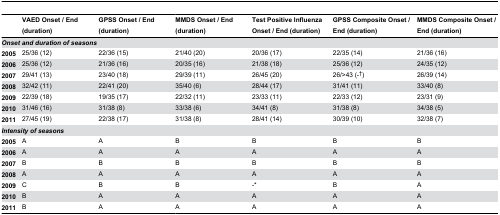
<table><thead><tr><td></td><td><b>VAED Onset / End (duration)</b></td><td><b>GPSS Onset / End (duration)</b></td><td><b>MMDS Onset / End (duration)</b></td><td><b>Test Positive Influenza Onset / End (duration)</b></td><td><b>GPSS Composite Onset / End (duration)</b></td><td><b>MMDS Composite Onset / End (duration)</b></td></tr></thead><tbody><tr><td colspan="7"><b><i>Onset and duration of seasons</i></b></td></tr><tr><td><b>2005</b></td><td>25/36 (12)</td><td>22/36 (15)</td><td>21/40 (20)</td><td>20/36 (17)</td><td>22/35 (14)</td><td>21/36 (16)</td></tr><tr><td><b>2006</b></td><td>25/36 (12)</td><td>21/36 (16)</td><td>20/35 (16)</td><td>21/38 (18)</td><td>25/36 (12)</td><td>24/35 (12)</td></tr><tr><td><b>2007</b></td><td>29/41 (13)</td><td>23/40 (18)</td><td>29/39 (11)</td><td>26/45 (20)</td><td>26/&gt;43 (-<sup>†</sup>)</td><td>26/39 (14)</td></tr><tr><td><b>2008</b></td><td>32/42 (11)</td><td>22/41 (20)</td><td>35/40 (6)</td><td>28/44 (17)</td><td>31/41 (11)</td><td>33/40 (8)</td></tr><tr><td><b>2009</b></td><td>22/39 (18)</td><td>19/35 (17)</td><td>22/32 (11)</td><td>23/33 (11)</td><td>22/33 (12)</td><td>23/31 (9)</td></tr><tr><td><b>2010</b></td><td>31/46 (16)</td><td>31/38 (8)</td><td>33/38 (6)</td><td>34/41 (8)</td><td>31/38 (8)</td><td>34/38 (5)</td></tr><tr><td><b>2011</b></td><td>27/45 (19)</td><td>22/38 (17)</td><td>31/38 (8)</td><td>28/41 (14)</td><td>30/39 (10)</td><td>32/38 (7)</td></tr><tr><td colspan="7"><b><i>Intensity of seasons</i></b></td></tr><tr><td><b>2005</b></td><td>A</td><td>A</td><td>B</td><td>B</td><td>B</td><td>B</td></tr><tr><td><b>2006</b></td><td>A</td><td>A</td><td>A</td><td>A</td><td>A</td><td>A</td></tr><tr><td><b>2007</b></td><td>B</td><td>B</td><td>B</td><td>B</td><td>B</td><td>B</td></tr><tr><td><b>2008</b></td><td>A</td><td>A</td><td>A</td><td>A</td><td>A</td><td>A</td></tr><tr><td><b>2009</b></td><td>C</td><td>B</td><td>B</td><td>-*</td><td>B</td><td>A</td></tr><tr><td><b>2010</b></td><td>B</td><td>A</td><td>A</td><td>A</td><td>A</td><td>A</td></tr><tr><td><b>2011</b></td><td>B</td><td>A</td><td>A</td><td>A</td><td>A</td><td>A</td></tr></tbody></table>